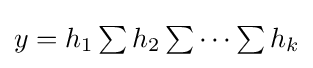
{\textstyle y=h_{1}\sum h_{2}\sum \cdots \sum h_{k}}